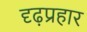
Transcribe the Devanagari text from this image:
दृढ़प्रहार